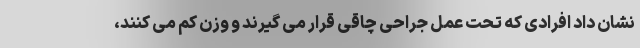
نشان داد افرادی که تحت عمل جراحی چاقی قرار می گیرند و وزن کم می کنند،